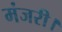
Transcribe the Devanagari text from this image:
मंजरी।